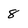
Character: 8